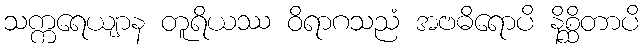
သက္ကရေယျာန တူရိယဿ ဝိရာဂသညံ အဗဓိရောပိ နိစ္ဆိတာပိ